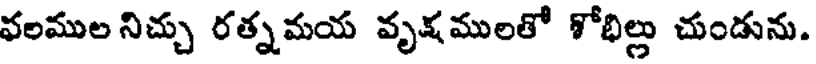
వలముల నిచ్చు రత్నమయ వృక్షములతో శోభిల్లు చుండును.